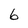
Character: 6